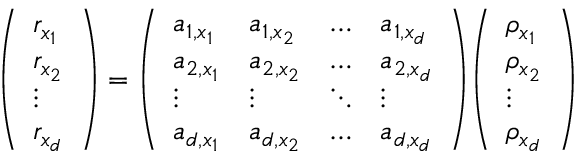
{ \left( \begin{array} { l } { r _ { x _ { 1 } } } \\ { r _ { x _ { 2 } } } \\ { \vdots } \\ { r _ { x _ { d } } } \end{array} \right) } = { \left( \begin{array} { l l l l } { a _ { 1 , x _ { 1 } } } & { a _ { 1 , x _ { 2 } } } & { \dots } & { a _ { 1 , x _ { d } } } \\ { a _ { 2 , x _ { 1 } } } & { a _ { 2 , x _ { 2 } } } & { \dots } & { a _ { 2 , x _ { d } } } \\ { \vdots } & { \vdots } & { \ddots } & { \vdots } \\ { a _ { d , x _ { 1 } } } & { a _ { d , x _ { 2 } } } & { \dots } & { a _ { d , x _ { d } } } \end{array} \right) } { \left( \begin{array} { l } { \rho _ { x _ { 1 } } } \\ { \rho _ { x _ { 2 } } } \\ { \vdots } \\ { \rho _ { x _ { d } } } \end{array} \right) }